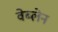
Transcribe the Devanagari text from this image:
वेब्लेन